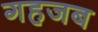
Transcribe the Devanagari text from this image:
गहजब